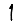
Digit: 1